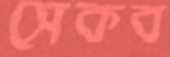
সেকব